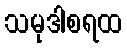
သမုဒါစရထ